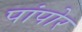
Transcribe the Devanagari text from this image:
पांपोर